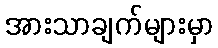
အားသာချက်များမှာ